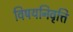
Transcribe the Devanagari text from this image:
विषयनिवृत्ति